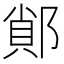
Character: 䣔